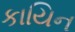
કાયિન